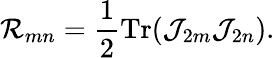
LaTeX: {\cal R}_{mn}=\frac{1}{2}\mathrm{Tr}({\cal J}_{2m}{\cal J}_{2n}).